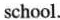
school.